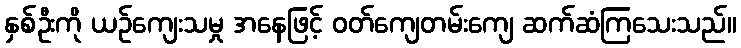
နှစ်ဦးကို ယဉ်ကျေးသမှု အနေဖြင့် ဝတ်ကျေတမ်းကျေ ဆက်ဆံကြသေးသည်။